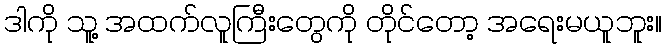
ဒါကို သူ့ အထက်လူကြီးတွေကို တိုင်တော့ အရေးမယူဘူး။